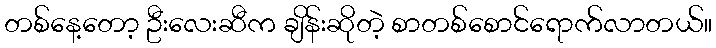
တစ်နေ့တော့ ဦးလေးဆီက ချိန်းဆိုတဲ့ စာတစ်စောင်ရောက်လာတယ်။